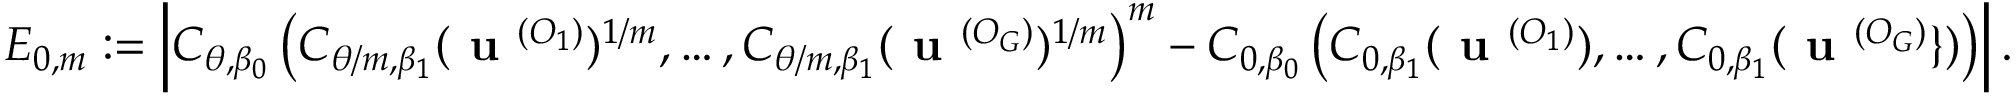
E _ { 0 , m } : = \left| C _ { \theta , \beta _ { 0 } } \left( C _ { \theta / m , \beta _ { 1 } } ( \textbf { u } ^ { ( O _ { 1 } ) } ) ^ { 1 / m } , \dots , C _ { \theta / m , \beta _ { 1 } } ( \textbf { u } ^ { ( O _ { G } ) } ) ^ { 1 / m } \right) ^ { m } - C _ { 0 , \beta _ { 0 } } \left( C _ { 0 , \beta _ { 1 } } ( \textbf { u } ^ { ( O _ { 1 } ) } ) , \dots , C _ { 0 , \beta _ { 1 } } ( \textbf { u } ^ { ( O _ { G } ) } \} ) \right) \right| .